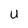
Character: U